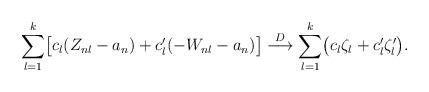
LaTeX: \begin{align*} \sum_{l=1}^k\bigl[c_l (Z_{nl} - a_n) +c'_l (-W_{nl} - a_n) \bigr]\stackrel {D} \longrightarrow \sum_{l=1}^k\bigl(c_l \zeta_l + c'_l\zeta'_l \bigr) .\end{align*}